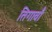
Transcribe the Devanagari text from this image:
तिगावाँ